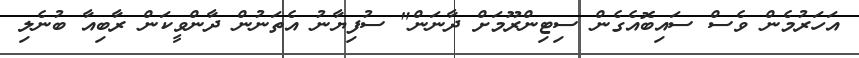
އަހަރުމެން ވެސް ސައިބޮއެގެން ސިޓިންރޫމަށް ދާނަން" ސުފިޔާނު އެތަނުން ދާންވީކަން ރާބިއާ ބުނެލި